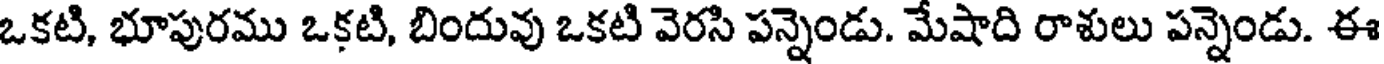
ఒకటి, భూపురము ఒకటి, బిందువు ఒకటి వెరసి పన్నెండు. మేషాది రాశులు పన్నెండు. ఈ